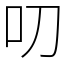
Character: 叨